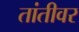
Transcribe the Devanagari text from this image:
तांतीवर